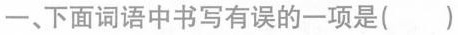
-、下面词语中书写有误的一项是()